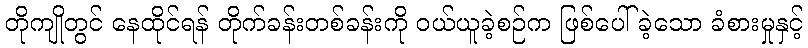
တိုကျိုတွင် နေထိုင်ရန် တိုက်ခန်းတစ်ခန်းကို ဝယ်ယူခဲ့စဉ်က ဖြစ်ပေါ်ခဲ့သော ခံစားမှုနှင့်